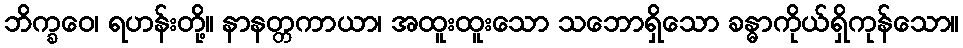
ဘိက္ခဝေ၊ ရဟန်းတို့။ နာနတ္တကာယာ၊ အထူးထူးသော သဘောရှိသော ခန္ဓာကိုယ်ရှိကုန်သော။